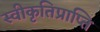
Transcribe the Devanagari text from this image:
स्वीकृतिप्राप्ति